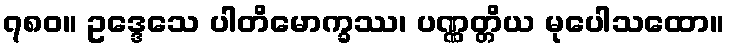
၇၈၀။ ဥဒ္ဒေသေ ပါတိမောက္ခဿ၊ ပဏ္ဏတ္တိယ မုပေါသထော။